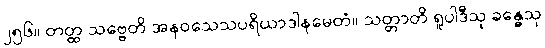
၂၅၆။ တတ္ထ သဗ္ဗေတိ အနဝသေသပရိယာဒါနမေတံ။ သတ္တာတိ ရူပါဒီသု ခန္ဓေသု